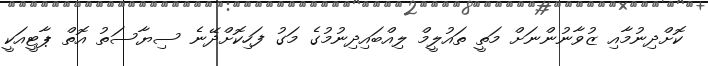
ކޮށްދިނުމާއި ޒުުވާނުންނަށް މަތީ ތައުލީމް ލިއްބައިދިނުމުގެ މަގު ފަހިކޮށްދޭނެ ސިޔާސަތު އޮތް ޕާޓީއަކީ